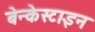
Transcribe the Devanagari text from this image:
बेन्केस्टाइन